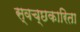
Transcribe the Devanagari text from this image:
स्वच्छकारिता